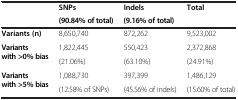
| <ROWSPAN=2>  | SNPs | Indels | <ROWSPAN=2> Total |
 | (90.84% of total) | (9.16% of total) |
 | --- | --- | --- | --- |
 | Variants (n) | 8,650,740 | 872,262 | 9,523,002 |
 | <ROWSPAN=2> Variants with >0% bias | 1,822,445 | 550,423 | 2,372,868 |
 | (21.06%) | (63.10%) | (24.91%) |
 | <ROWSPAN=2> Variants with >5% bias | 1,088,730 | 397,399 | 1,486,129 |
 | (12.58% of SNPs) | (45.56% of indels) | (15.60% of total) |